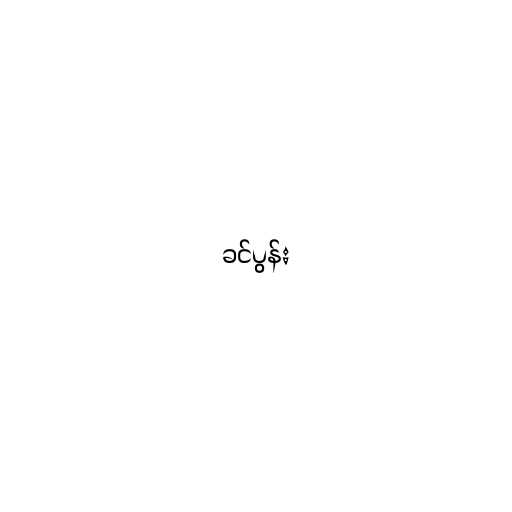
ခင်ပွန်း